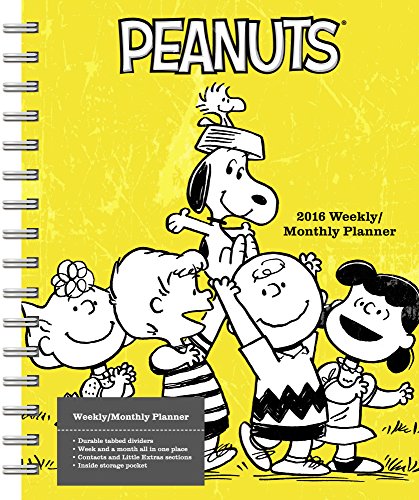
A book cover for Peanuts Weekly and Monthly Planner (2016); Day Dream; Calendars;